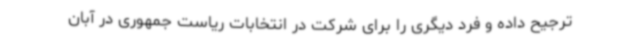
ترجیح داده و فرد دیگری را برای شرکت در انتخابات ریاست جمهوری در آبان